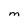
Character: M